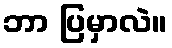
ဘာ ပြမှာလဲ။